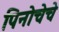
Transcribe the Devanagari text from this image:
पिनोचेचे